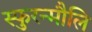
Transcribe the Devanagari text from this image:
स्फुरन्मौलि